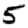
Digit: 5